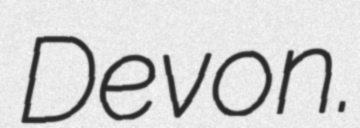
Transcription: Devon.